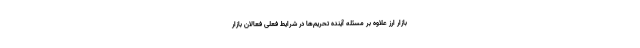
بازار ارز علاوه بر مسئله آینده تحریم‌ها در شرایط فعلی فعالان بازار